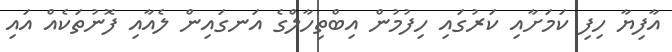
އާފިޔާ ހިފި ކަމަށާއި ކަރުގައި ހިިފުމުން އިބްތިހާލްގެ އަނގައިން ލެއާއި ފޮނުތަކެއް އައި